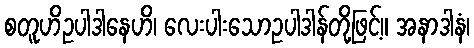
စတူဟိဥပါဒါနေဟိ၊ လေးပါးသောဥပါဒါန်တို့ဖြင့်။ အနာဒါနံ၊